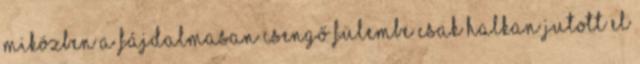
miközben a fájdalmasan csengő fülembe csak halkan jutott el